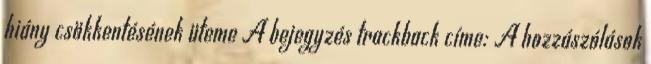
hiány csökkentésének üteme A bejegyzés trackback címe: A hozzászólások